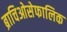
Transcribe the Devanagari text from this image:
ब्राचिओसेफालिक